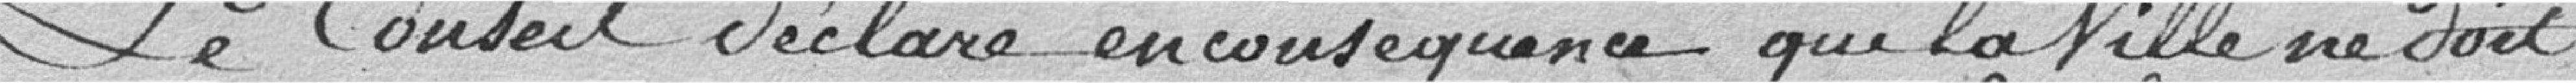
Le Conseil déclare en conséquence que la Ville ne doit